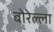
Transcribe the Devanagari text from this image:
बोरेल्ला